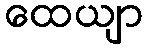
ထေယျာ